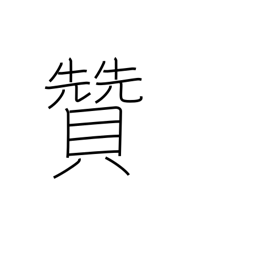
Meaning: support